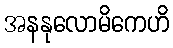
အနနုလောမိကေဟိ